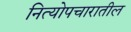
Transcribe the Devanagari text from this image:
नित्योपचारातील